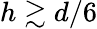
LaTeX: h\gtrsim d/6